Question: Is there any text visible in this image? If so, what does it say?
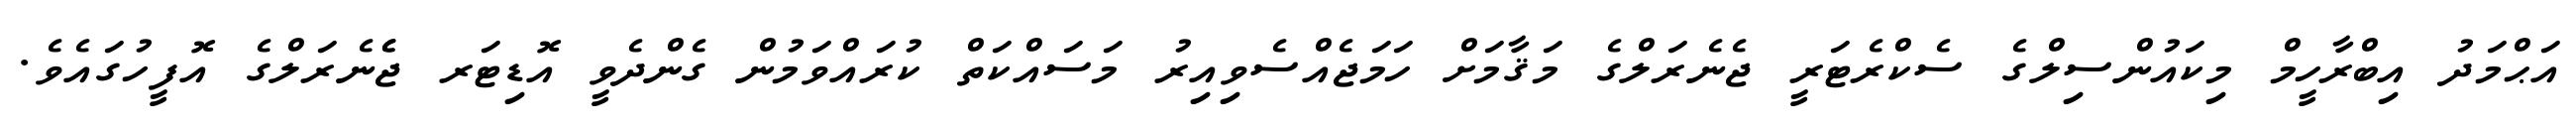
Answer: އަޙްމަދު އިބްރާހީމް މިކައުންސިލްގެ ސެކްރެޓަރީ ޖެނެރަލްގެ މަޤާމަށް ހަމަޖެއްސެވިއިރު މަސައްކަތް ކުރައްވަމުން ގެންދެވީ އޮޑިޓަރ ޖެެނެރަލްގެ އޮފީހުގައެވެ.